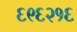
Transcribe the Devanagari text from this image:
६९६२१६